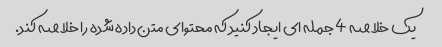
یک خلاصه 4 جمله ای ایجاد کنید که محتوای متن داده شده را خلاصه کند.